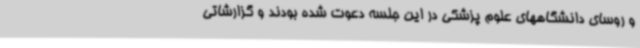
و روسای دانشگاههای علوم پزشکی در این جلسه دعوت شده بودند و گزارشاتی